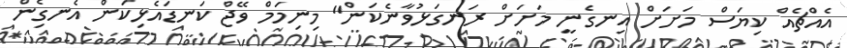
އެއްޗެއް ކިޔަސް މަށަށް އިނގެނީ މަަށަށް ރަނގަޅުވާނެކަން" މިނިމަމް ވޭޖް ކަނޑައެޅިކަން އެނގިެން